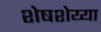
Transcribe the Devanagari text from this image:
शेषशेय्या